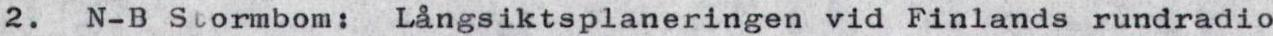
2. N-B Stormbom: Långsiktsplaneringen vid Finlands rundradio